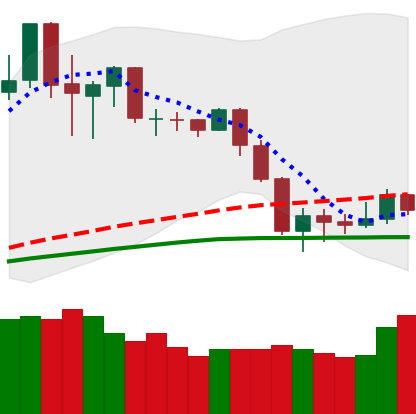
Ticker: NEO-USD
Chart end date: 2020-03-03
Forward return: -12.618%
Label: down_7plus